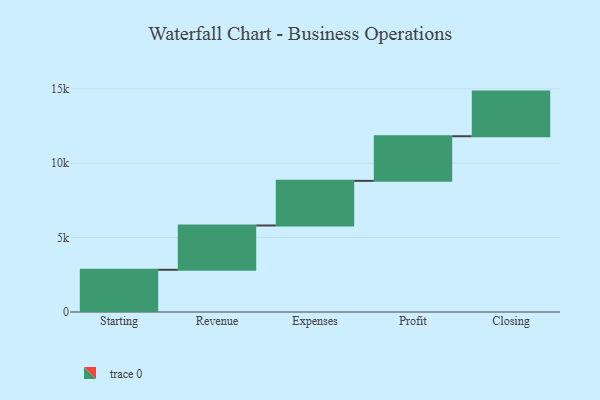
{"axis": {"x": "Step", "y": "Value"}, "legend": [""], "data": [{"x": "Starting", "y": 2837.0, "type": ""}, {"x": "Revenue", "y": 2978.0, "type": ""}, {"x": "Expenses", "y": 3000, "type": ""}, {"x": "Profit", "y": 3000, "type": ""}, {"x": "Closing", "y": 3000, "type": ""}]}